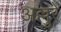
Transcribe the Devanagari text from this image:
अल्लुरे